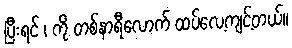
ပြီးရင် ၊ ကို တစ်နာရီလောက် ထပ်လေ့ကျင့်တယ်။